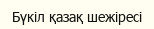
Бүкіл қазақ шежіресі